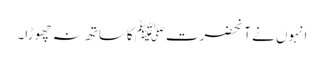
انہوں نے آنحضرتﷺ کاساتھ نہ چھوڑا۔